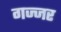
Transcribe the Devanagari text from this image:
गज्जर